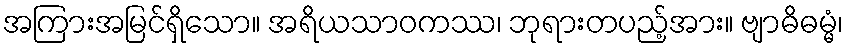
အကြားအမြင်ရှိသော။ အရိယသာဝကဿ၊ ဘုရားတပည့်အား။ ဗျာဓိဓမ္မံ၊